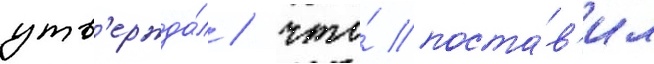
утв'ержда́л / что́ поста́в'ил